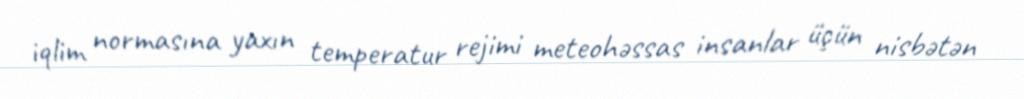
iqlim normasına yaxın temperatur rejimi meteohəssas insanlar üçün nisbətən